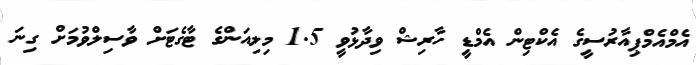
އެމްއެމްޕިއާރުސީގެ އެކްޓިން އެމްޑީ ހާރިޝް ވިދާޅުވީ 1.5 މިލިއަންގެ ޓާގެޓަށް ވާސިލްވުމަށް ގިނަ